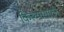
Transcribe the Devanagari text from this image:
किल्यासाठी